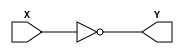
`timescale 1ns / 1ps
//////////////////////////////////////////////////////////////////////////////////
// Company: 
// Engineer: 
// 
// Design Name: 
// Module Name: Complemento1
// Project Name: 
// Target Devices: 
// Tool Versions: 
// Description: 
// 
// Dependencies: 
// 
// Revision:
// Revision 0.01 - File Created
// Additional Comments:
// 
//////////////////////////////////////////////////////////////////////////////////


module Complemento1(
    input[7:0] X,
    output [7:0] Y
);
assign Y=~X;
endmodule